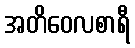
အတိဝေလစာရီ